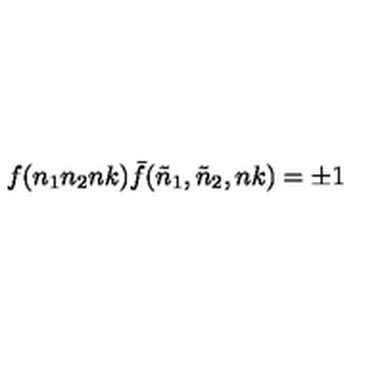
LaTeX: f ( n _ { 1 } n _ { 2 } n k ) { \bar { f } } ( { \tilde { n } } _ { 1 } , { \tilde { n } } _ { 2 } , n k ) = \pm 1